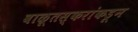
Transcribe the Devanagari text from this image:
वाळूतस्करांकडून